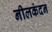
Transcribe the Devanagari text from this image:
नीलकंदन